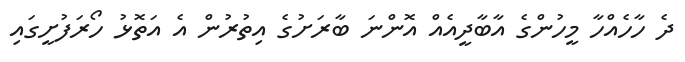
ދެ ހާހެއްހާ މީހުންގެ އާބާދީއެއް އޮންނަ ބާރަށުގެ އިތުރުން އެ އަތޮޅު ހޯރަފުށީގައި